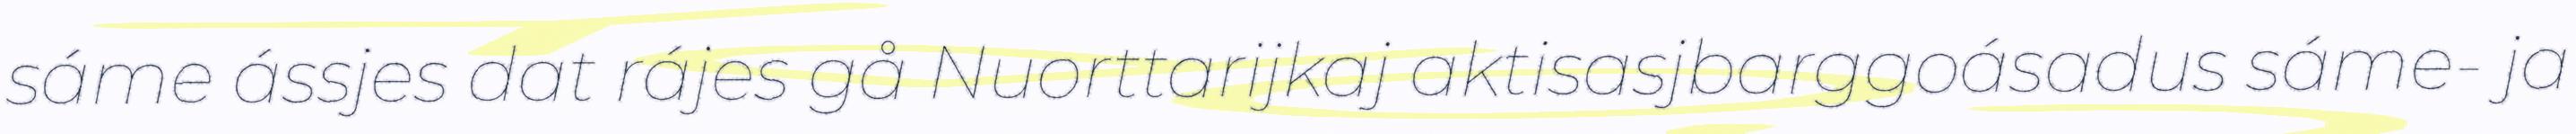
sáme ássjes dat rájes gå Nuorttarijkaj aktisasjbarggoásadus sáme- ja